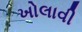
ખોલાવી